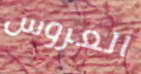
العروس